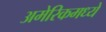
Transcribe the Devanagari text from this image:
अमेरिकमध्ये